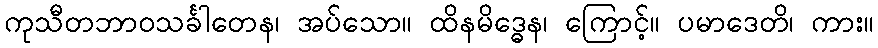
ကုသီတဘာဝသင်္ခါတေန၊ အပ်သော။ ထိနမိဒ္ဓေန၊ ကြောင့်။ ပမာဒေတိ၊ ကား။